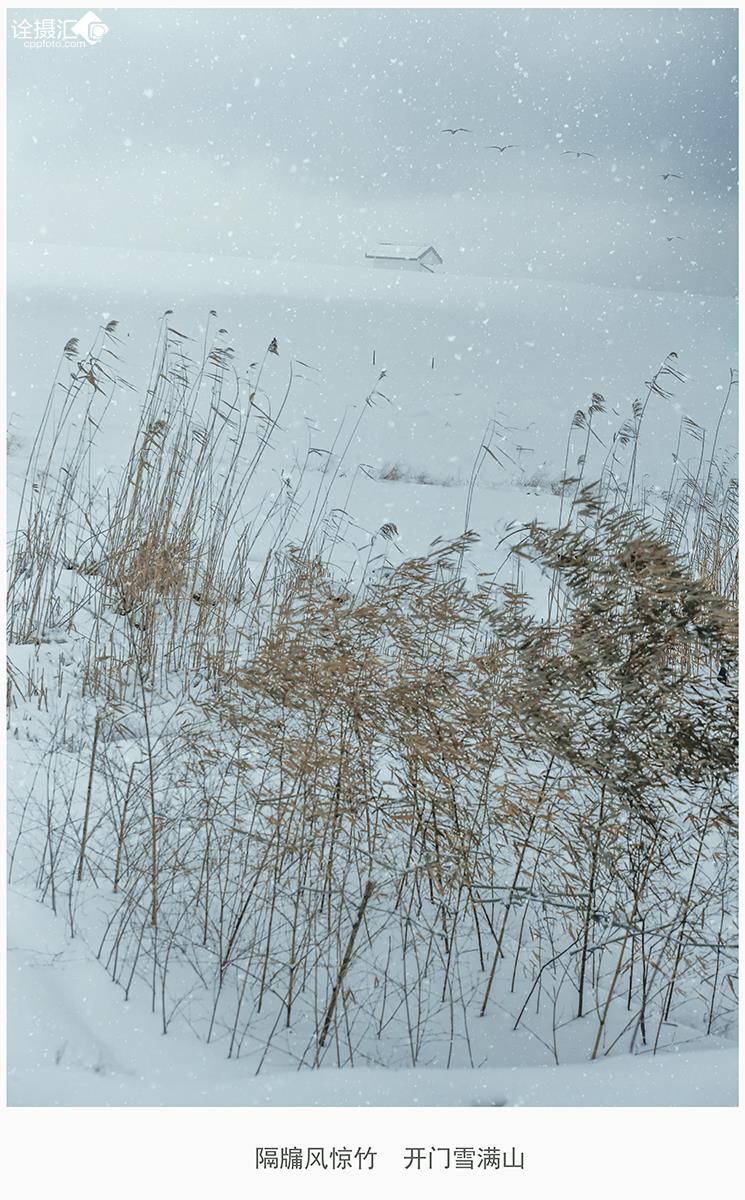
隔牖风惊竹，开门雪满山。